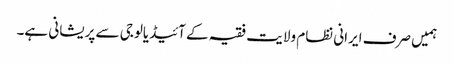
ہمیں صرف ایرانی نظام ولایت فقیہ کے آئیڈیالوجی سے پریشانی ہے۔